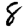
Digit: 8